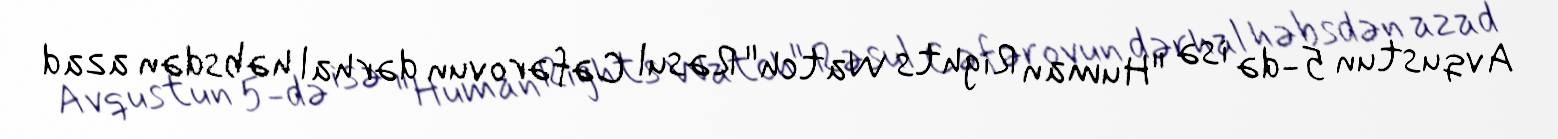
Avqustun 5-də isə "Human Rights Watch" Rəsul Cəfərovun dərhal həbsdən azad